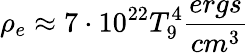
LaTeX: \rho_{e}\approx 7\cdot 10^{22}T_{9}^{4}\frac{ergs}{cm^{3}}